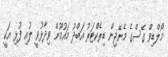
މޯލްޑިވް ގޭސްގެ މެނޭޖިން ޑިރެކްޓަރު އަބްދު މައުމޫން ވިދާޅުވީ ލުއި ފުޅި އަކީ